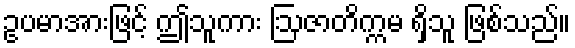
ဥပမာအားဖြင့် ဤသူကား ဩဇာတိက္ကမ ရှိသူ ဖြစ်သည်။